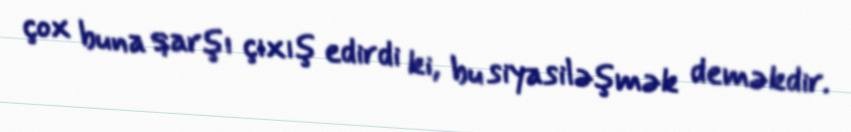
çox buna qarşı çıxış edirdi ki, bu siyasiləşmək deməkdir.